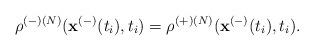
LaTeX: \begin{align*}\rho ^{(-)\left( N\right) }(\mathbf{x}^{\left( -\right) }(t_{i}),t_{i})=\rho^{(+)\left( N\right) }(\mathbf{x}^{(-)}(t_{i}),t_{i}). \end{align*}